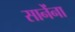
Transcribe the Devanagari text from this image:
सानेंना